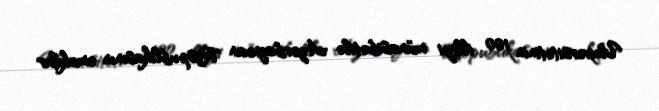
Universitetinin 100 illiyi münasibətilə Azərbaycan Respublikasının əməkdar